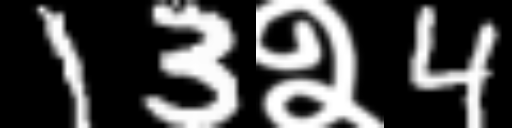
Text: 13२4